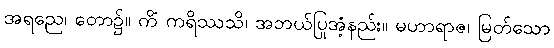
အရညေ၊ တော၌။ ကိံ ကရိဿသိ၊ အဘယ်ပြုအံ့နည်း။ မဟာရာဇ၊ မြတ်သော